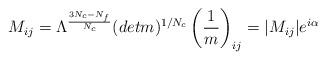
LaTeX: \begin{align*}M_{ij} = \Lambda^{{3N_c - N_f \over N_c}} (detm)^{1/N_c}\left( {1 \over m} \right) _{ij} = |M_{ij}| e^{i\alpha}~~~\end{align*}